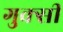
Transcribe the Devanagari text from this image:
गुक्सी